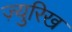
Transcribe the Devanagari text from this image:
ज़्युरिख